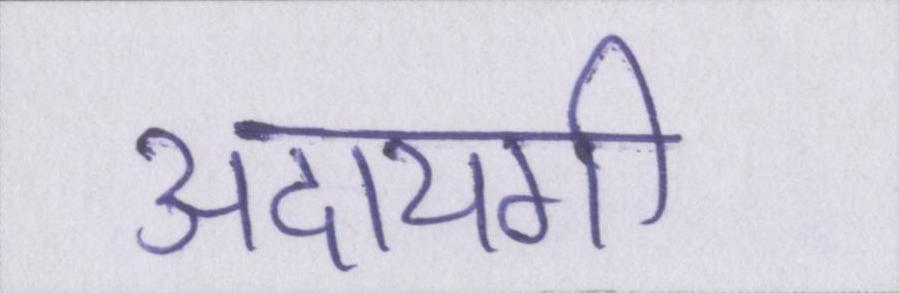
अदायगी